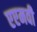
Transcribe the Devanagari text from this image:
एएमवी